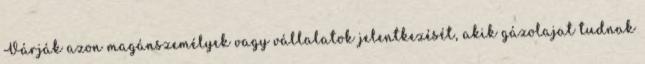
Várják azon magánszemélyek vagy vállalatok jelentkezését, akik gázolajat tudnak